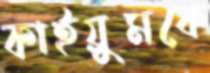
কাইয়ুমকে